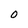
Character: O